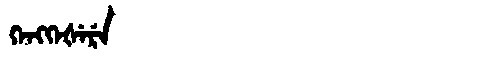
Manchu: ᡴᡝᠩᡴᡝᡧᡝᡵᡝ
Romanization: KENGKEŠERE